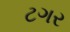
ટગર